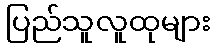
ပြည်သူလူထုများ